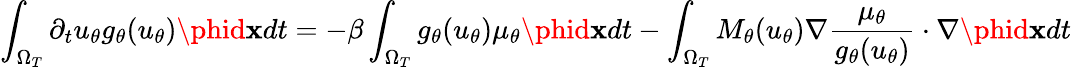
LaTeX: \int_{\Omega_{T}}\partial_{t}u_{\theta}g_{\theta}(u_{\theta})\phid\mathbf{x}dt=-\beta\int_{\Omega_{T}}g_{\theta}(u_{\theta})\mu_{\theta}\phid\mathbf{x}dt-\int_{\Omega_{T}}M_{\theta}(u_{\theta})\nabla\frac{{\mu_{\theta}}}{{g_{\theta}(u_{\theta})}}\cdot\nabla\phid\mathbf{x}dt